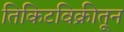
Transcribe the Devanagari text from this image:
तिकिटविक्रीतून